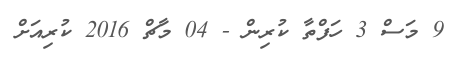
9 މަސް 3 ހަފްތާ ކުރިން - 04 މާޗް 2016 ކުރިއަށް